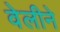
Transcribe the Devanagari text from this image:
वेलीने